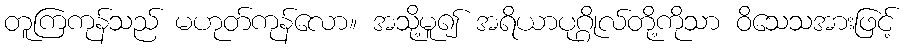
တူကြကုန်သည် မဟုတ်ကုန်လော။ အသို့မူ၍ အရိယာပုဂ္ဂိုလ်တို့ကိုသာ ဝိသေသအားဖြင့်